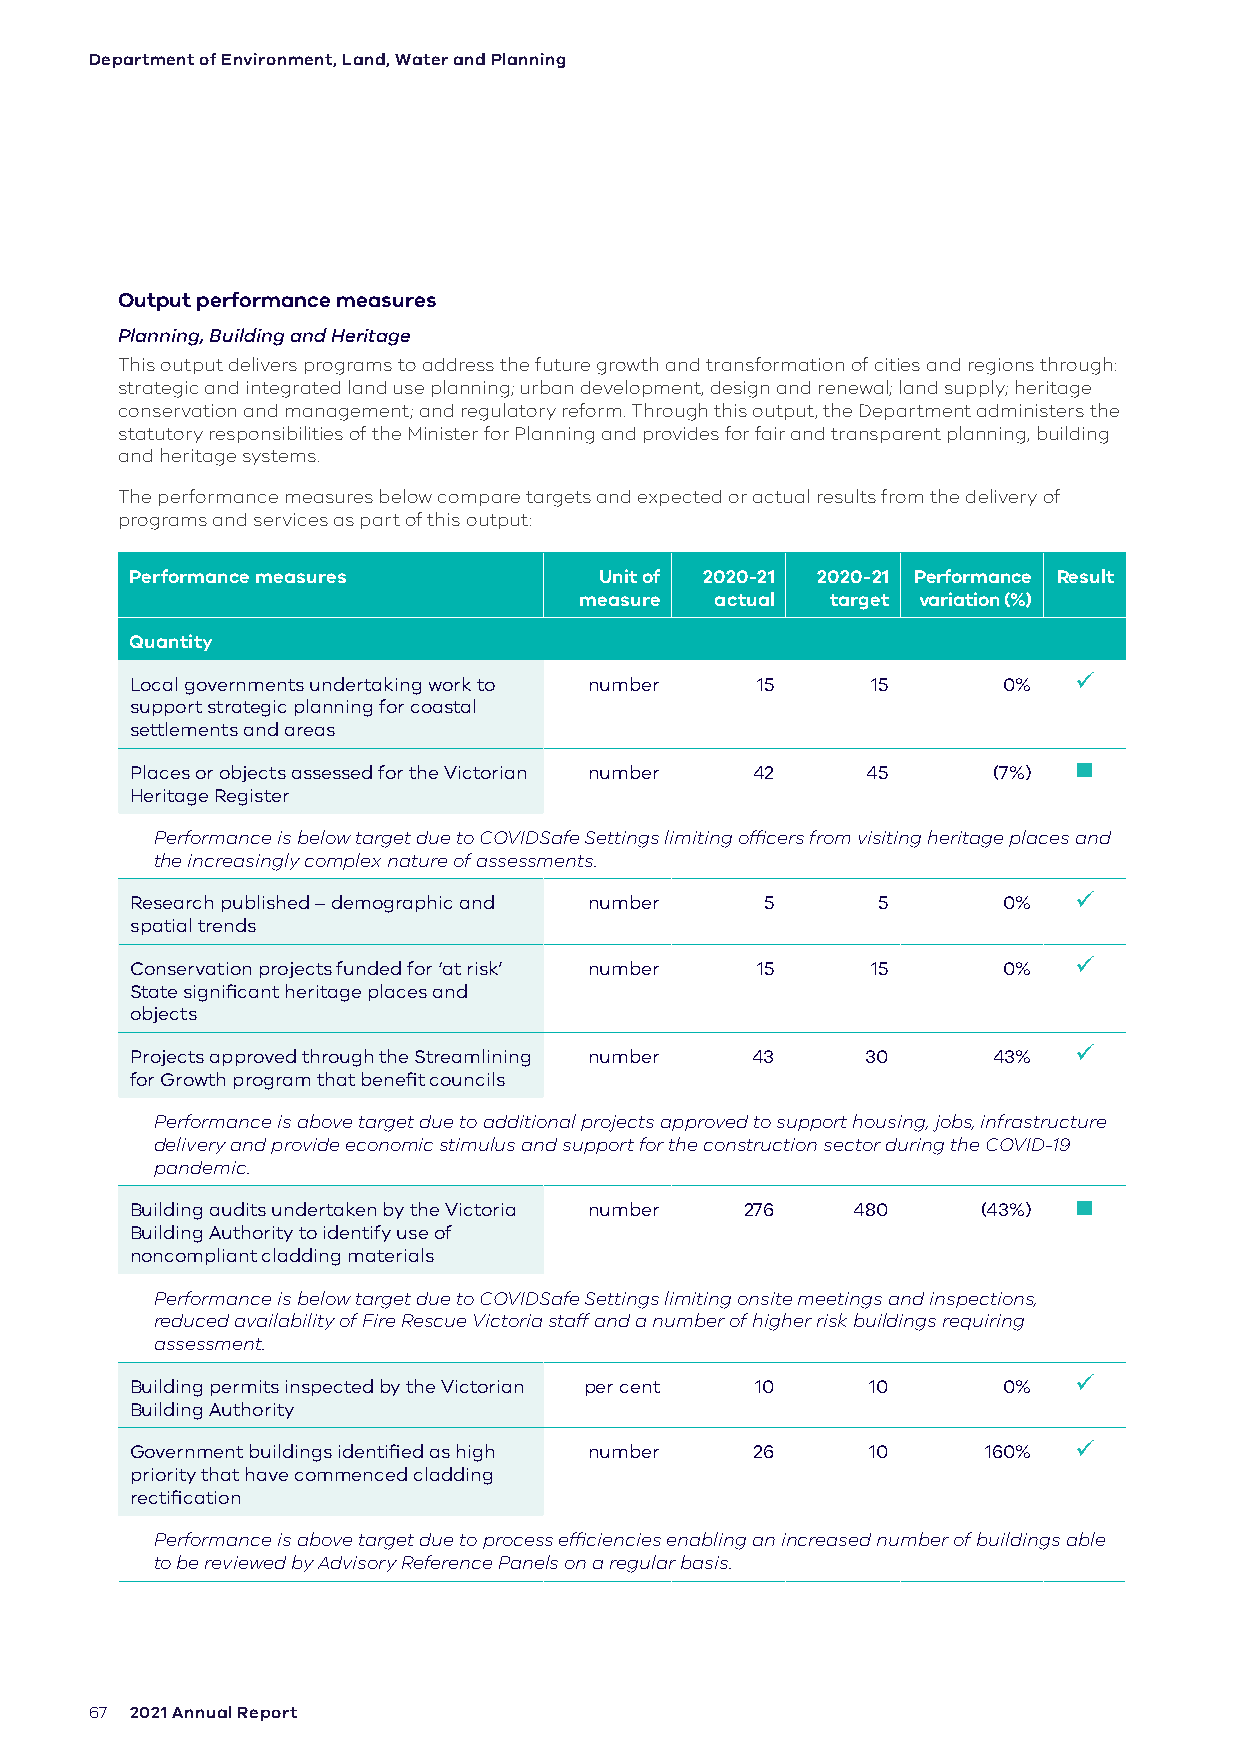
Department of Environment, Land, Water and Planning
 Output performance measures
 Planning, Building and Heritage
 This output delivers programs to address the future growth and transformation of cities and regions through:
 strategic and integrated land use planning; urban development, design and renewal; land supply; heritage
 conservation and management; and regulatory reform. Through this output, the Department administers the
 statutory responsibilities of the Minister for Planning and provides for fair and transparent planning, building
 and heritage systems.
 The performance measures below compare targets and expected or actual results from the delivery of
 programs and services as part of this output:
 Performance measures           Unit of 2020-21 2020-21 Performance Result
 measure  actual  target variation (%)
 Quantity
 Local governments undertaking work to number 15  15      0%   
 support strategic planning for coastal
 settlements and areas
 Places or objects assessed for the Victorian number 42 45 (7%) 
 Heritage Register
 Performance is below target due to COVIDSafe Settings limiting officers from visiting heritage places and
 the increasingly complex nature of assessments.
 Research published – demographic and number 5    5       0%   
 spatial trends
 Conservation projects funded for ‘at risk’ number 15 15  0%   
 State significant heritage places and
 objects
 Projects approved through the Streamlining number 43 30  43%  
 for Growth program that benefit councils
 Performance is above target due to additional projects approved to support housing, jobs, infrastructure
 delivery and provide economic stimulus and support for the construction sector during the COVID-19
 pandemic.
 Building audits undertaken by the Victoria number 276 480 (43%) 
 Building Authority to identify use of
 noncompliant cladding materials
 Performance is below target due to COVIDSafe Settings limiting onsite meetings and inspections,
 reduced availability of Fire Rescue Victoria staff and a number of higher risk buildings requiring
 assessment.
 Building permits inspected by the Victorian per cent 10 10 0% 
 Building Authority
 Government buildings identified as high number 26 10    160%  
 priority that have commenced cladding
 rectification
 Performance is above target due to process efficiencies enabling an increased number of buildings able
 to be reviewed by Advisory Reference Panels on a regular basis.
 67 2021 Annual Report